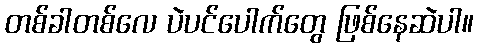
တစ်ခါတစ်လေ ပဲပင်ပေါက်တွေ ဖြစ်နေဆဲပါ။